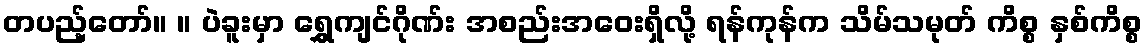
တပည့်တော်။ ။ ပဲခူးမှာ ရွှေကျင်ဂိုဏ်း အစည်းအဝေးရှိလို့ ရန်ကုန်က သိမ်သမုတ် ကိစ္စ နှစ်ကိစ္စ